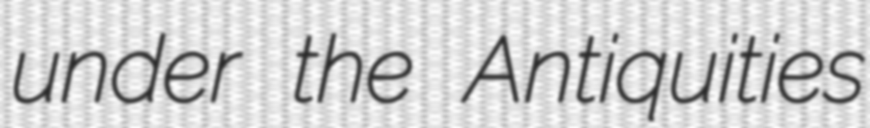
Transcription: under the Antiquities